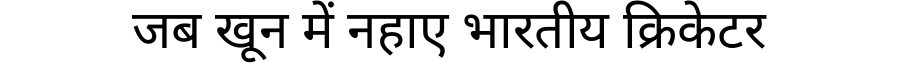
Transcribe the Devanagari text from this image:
जब खून में नहाए भारतीय क्रिकेटर